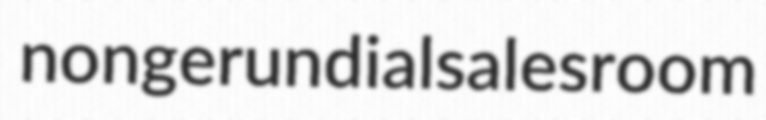
nongerundial salesroom